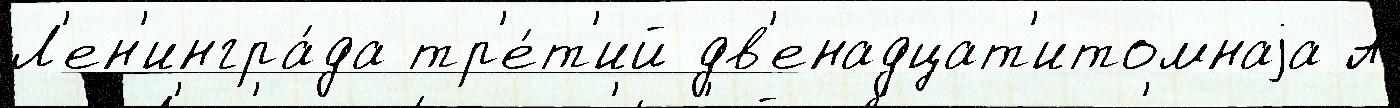
Л'ен'ингра́да тр'е́т'ий дв'енадцат'итомнаjа А